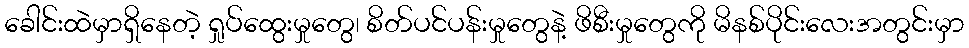
ခေါင်းထဲမှာရှိနေတဲ့ ရှုပ်ထွေးမှုတွေ၊ စိတ်ပင်ပန်းမှုတွေနဲ့ ဖိစီးမှုတွေကို မိနစ်ပိုင်းလေးအတွင်းမှာ